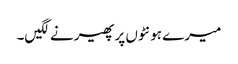
میرے ہونٹوں پر پھیرنے لگیں۔